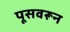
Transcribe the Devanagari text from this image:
पूसवरून